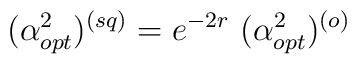
(\alpha_{opt}^{2})^{(sq)}= e^{-2r}~(\alpha_{opt}^{2})^{(o)}